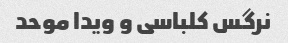
نرگس کلباسی و ویدا موحد